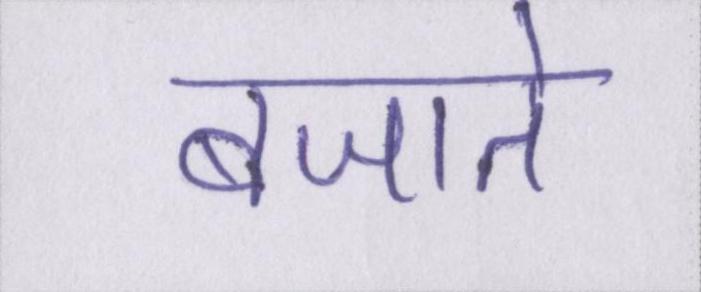
बजाते